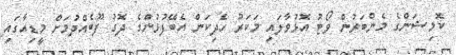
ކޮމިޝަންގެ މެންބަރުން ވޯޓު އޮޅުވާލައި މަކަރު ހެދިކަން އެބޭފުޅުންގެ ދޮގު ފޫބެއްދުމަށް މީޑިއާގައި